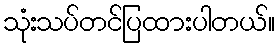
သုံးသပ်တင်ပြထားပါတယ်။